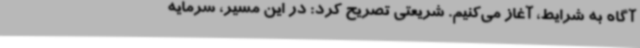
آگاه به شرایط، آغاز می‌کنیم. شریعتی تصریح کرد: در این مسیر، سرمایه